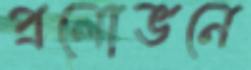
প্রলোভনে